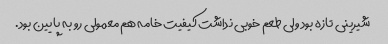
شیرینی تازه بود ولی طعم خوبی نداشت کیفیت خامه هم معمولی رو به پایین بود.